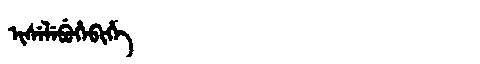
Manchu: ᡳᠰᡝᠯᡝᠪᡠᡥᡝᠪᡳᡥᡝ
Romanization: ISELEBUHEBIHE